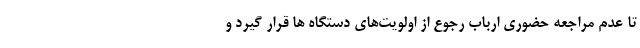
تا عدم مراجعه حضوری ارباب رجوع از اولویت‌های دستگاه ها قرار گیرد و